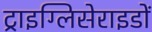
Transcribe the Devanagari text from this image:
ट्राइग्लिसेराइडों